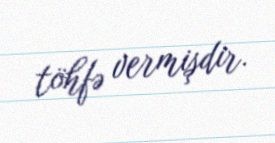
töhfə vermişdir.